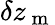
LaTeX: \delta z_{\mathrm{~m~}}